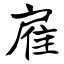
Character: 雇